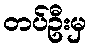
တပ်ဦးမှ